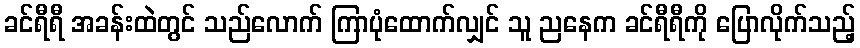
ခင်ရီရီ အခန်းထဲတွင် သည်လောက် ကြာပုံထောက်လျှင် သူ ညနေက ခင်ရီရီကို ပြောလိုက်သည့်